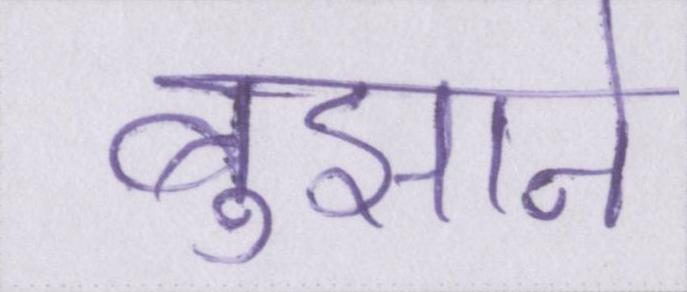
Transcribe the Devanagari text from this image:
बुझाने